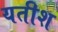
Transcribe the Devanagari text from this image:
यतीश